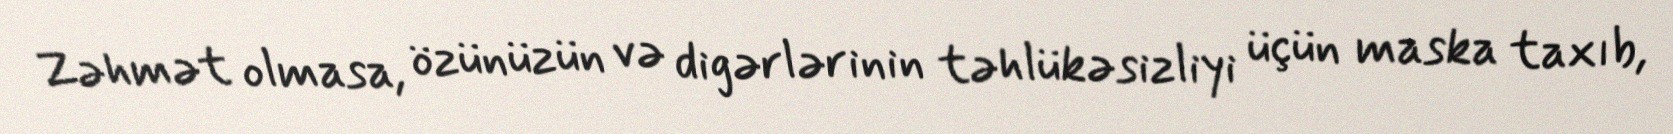
Zəhmət olmasa, özünüzün və digərlərinin təhlükəsizliyi üçün maska taxıb,